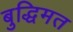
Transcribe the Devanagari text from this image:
बुद्धिमत